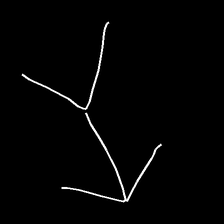
Glyph: gather